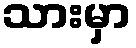
သားမှာ